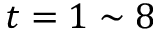
t = 1 \sim 8